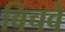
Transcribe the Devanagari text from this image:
बिचवे